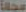
مجالاً